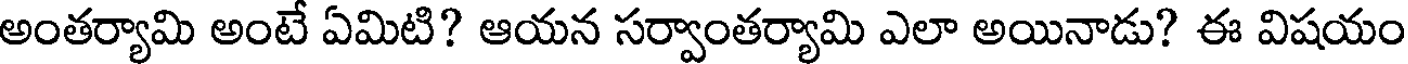
అంతర్యామి అంటే ఏమిటి? ఆయన సర్వాంతర్యామి ఎలా అయినాడు? ఈ విషయం